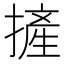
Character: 摌